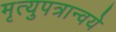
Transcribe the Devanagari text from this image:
मृत्युपत्रान्वये